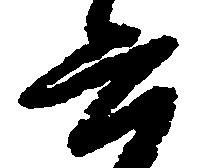
六